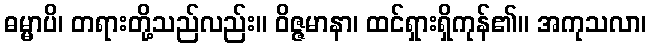
ဓမ္မာပိ၊ တရားတို့သည်လည်း။ ဝိဇ္ဇမာနာ၊ ထင်ရှားရှိကုန်၏။ အကုသလာ၊